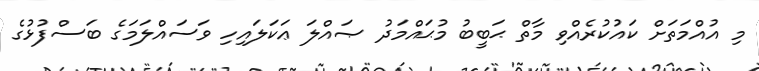
މި އުއްމަތަށް ކައުކުރެއްވި މާތް ޙަބީބު މުޙައްމަދު ޞައްލަ ޢަކަލައިހި ވަސައްލަމަގެ ބަސްފުޅުގެ